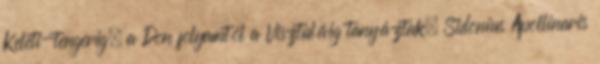
Keleti-tengerig, a Don folyamtól a Visztuláig tanyáztak. Sidonius Apollinaris